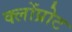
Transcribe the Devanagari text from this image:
क्लोंप्रोट